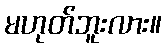
မဟုတ်ဘူးလား။